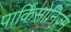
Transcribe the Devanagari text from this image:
पार्किंसोनिज़्म